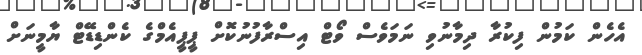
އެހެން ކަމުން ފިކުރާ ދިމާނުވި ނަމަވެސް ވޯޓް އިސްރާފުނުކޮށް ޕީޕީއެމްގެ ކެންޑިޑޭޓް ޔާމީނަށް